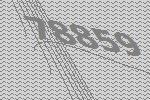
78859